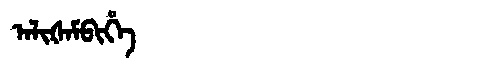
Manchu: ᠠᠯᡳᡧᠠᠮᠪᡳᡥᡝ
Romanization: ALIŠAMBIHE